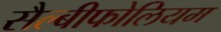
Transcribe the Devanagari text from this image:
सैल्बीफोलियम